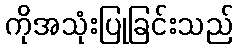
ကိုအသုံးပြုခြင်းသည်